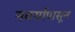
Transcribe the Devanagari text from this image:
नवर्यापासून